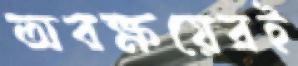
অবক্ষয়েরই